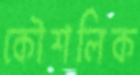
কৌশলিক